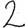
Digit: 2